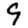
Digit: 9